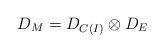
LaTeX: \begin{align*}D_M = D_{C(I)} \otimes D_E\end{align*}